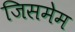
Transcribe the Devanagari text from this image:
जिसमेम